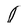
Character: O